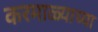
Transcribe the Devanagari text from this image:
करमाळ्याच्या